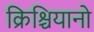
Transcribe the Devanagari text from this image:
क्रिश्चियानो